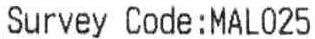
SURVEY CODE:MAL025